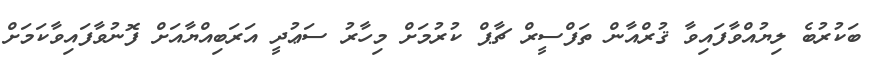
ބަކުރުބެ ލިޔުއްވާފައިވާ ޤުރްއާން ތަފްސީރް ޗާޕް ކުރުމަށް މިހާރު ސަޢުދީ އަރަބިއްޔާއަށް ފޮނުވާފައިވާކަމަށް